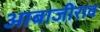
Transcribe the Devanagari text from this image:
आबाजीराव